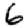
Digit: 6